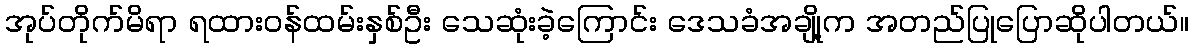
အုပ်တိုက်မိရာ ရထားဝန်ထမ်းနှစ်ဦး သေဆုံးခဲ့ကြောင်း ဒေသခံအချို့က အတည်ပြုပြောဆိုပါတယ်။